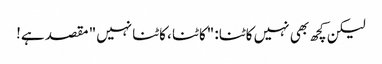
لیکن کچھ بھی نہیں کاٹنا: "کاٹنا ، کاٹنا نہیں" مقصد ہے!